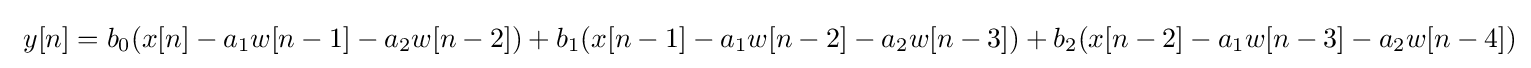
\ y[n]=b_{0}(x[n]-a_{1}w[n-1]-a_{2}w[n-2])+b_{1}(x[n-1]-a_{1}w[n-2]-a_{2}w[n-3])+b_{2}(x[n-2]-a_{1}w[n-3]-a_{2}w[n-4])